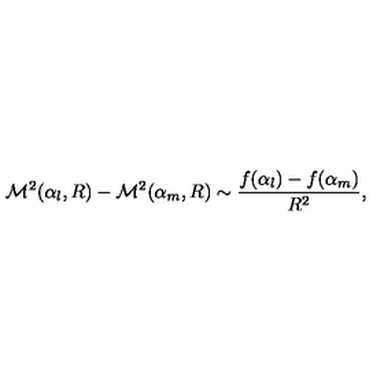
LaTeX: { \cal M } ^ { 2 } ( \alpha _ { l } , R ) - { \cal M } ^ { 2 } ( \alpha _ { m } , R ) \sim \frac { f ( \alpha _ { l } ) - f ( \alpha _ { m } ) } { R ^ { 2 } } ,